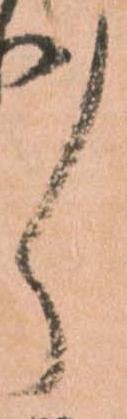
々